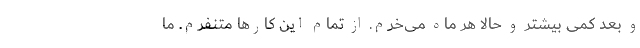
و بعد کمی بیشتر و حالا هر ماه می‌خرم. از تمام این کارها متنفرم. ما